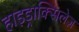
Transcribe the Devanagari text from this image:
हाइड्राक्सिलेज़